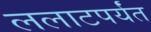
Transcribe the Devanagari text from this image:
ललाटपर्यंत